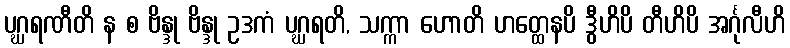
ပဂ္ဃရဏီတိ န စ ဗိန္ဒု ဗိန္ဒု ဥဒကံ ပဂ္ဃရတိ, သက္ကာ ဟောတိ ဟတ္ထေနပိ ဒွီဟိပိ တီဟိပိ အင်္ဂုလီဟိ